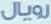
رويال